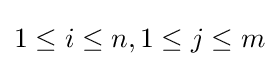
1\leq i\leq n,1\leq j\leq m